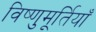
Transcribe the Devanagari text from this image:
विष्णुमूर्तियाँ